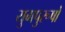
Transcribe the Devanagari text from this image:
युगपुरूषों